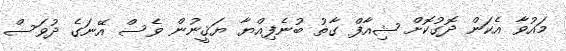
މައުވާ އެކަން ދޮގުކޮށް ޝިއާފް ގާތު ބުނެފިއްޔާ ޔަޤީނުން ވެސް އޭނަގެ ދުވަސް